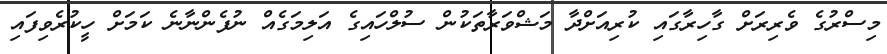
މިސްރުގެ ވެރިރަށް ގާހިރާގައި ކުރިއަށްދާ މަޝްވަރާތަކުން ސުލްހައިގެ އަލިމަގެއް ނުފެންނާނެ ކަމަށް ހީކުރެވިފައި